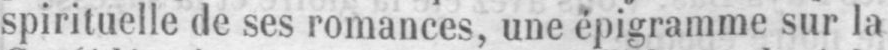
spirituelle de ses romances, une épigramme sur la